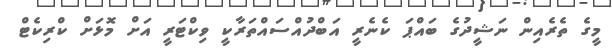
މީގެ ތެރެއިން ނަޝީދުގެ ބައްޕަ ކެނެރީ އަބްދުއްސައްތަރާކީ ވިކްޓަރީ އަށް މޮޅަށް ކްރިކެޓް